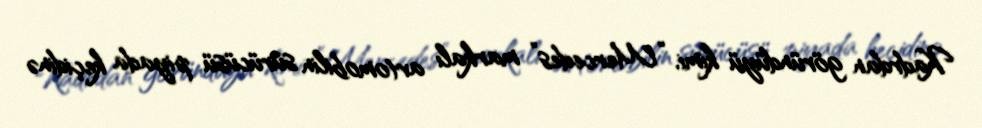
Kadrdan göründüyü kimi, “Mercedes” markalı avtomobilin sürücüsü piyada keçidinə